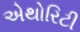
એથોરિટી